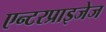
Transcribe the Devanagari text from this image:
एन्टरप्राइजेज